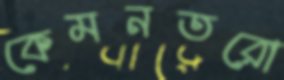
কেমনতরো